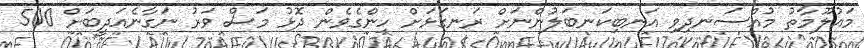
މައުލޫމާތު މުއްސަނދިވި އަނބިކަނބަލުންނަށް ރަނގަޅަށް ހިންގެވެން ދޮޅު މަސް ވަރު ނަގާނެއަދީބަށް 500